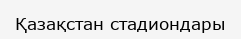
Қазақстан стадиондары